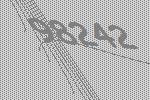
98242